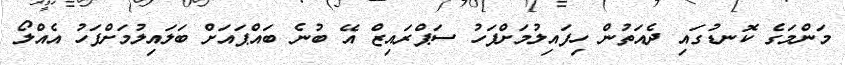
މަންމަގެ ކޮނޑުގައި ދެއަތުން ހިފައިލުމަށްފަހު ސަޕްރައިޒް އޭ ބުނެ ބައްޕައަށް ބަލައިލުމަށްފަހު އެއްލޯ